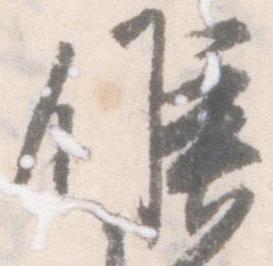
候